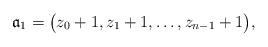
LaTeX: \begin{align*}\mathfrak{a}_1=\big(z_0+1,z_1+1,\ldots,z_{n-1}+1\big),\end{align*}